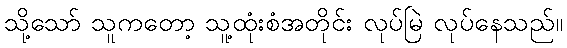
သို့သော် သူကတော့ သူ့ထုံးစံအတိုင်း လုပ်မြဲ လုပ်နေသည်။